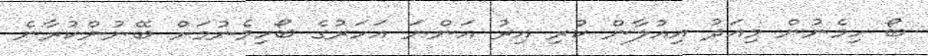
ބޯ ހިމެނުން މިއަދު އިއުލާން ކުރި އިރު އަންނަ އަހަރުގެ ބޯހިމެނުމަށް ބޭނުންކުރާނެ